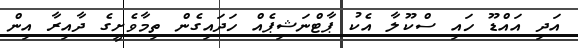
އަދި އައްޑޫ ހައި ސްކޫލާ އެކު ޕާޓްނަޝިޕެއް ހަދައިގެން ތިމާވެށީގެ ދާއިރާ އިން